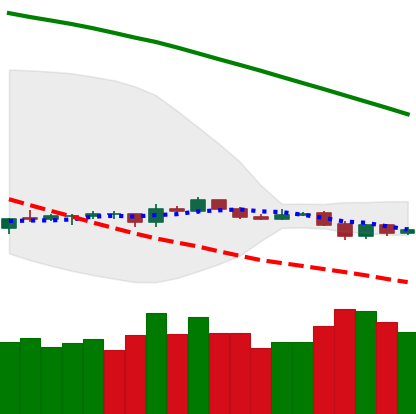
Ticker: LTC-USD
Chart end date: 2019-10-19
Forward return: -7.341%
Label: down_7plus